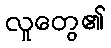
လူတွေ၏